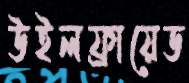
উইলফ্রায়েড